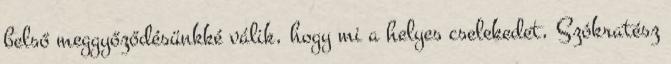
belső meggyőződésünkké válik, hogy mi a helyes cselekedet, Szókratész